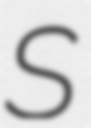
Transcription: S